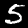
Label: 5